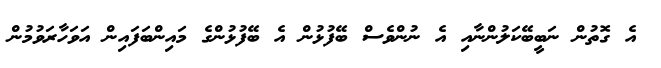
އެ ގޮތުން ނަބީބޭކަލުންނާއި އެ ނުންވެސް ބޭފުޅުން އެ ބޭފުޅުންގެ މައިންބަފައިން އަވަހާރަވުމުން